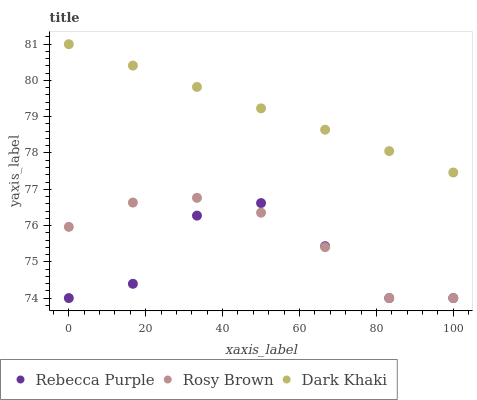
| xaxis_label | Rebecca Purple | Rosy Brown | Dark Khaki |
 | --- | --- | --- | --- |
 | 0 | 74 | 76 | 81 |
 | 16.7 | 74.4 | 76.6 | 80.4 |
 | 33.3 | 76.3 | 76.8 | 79.8 |
 | 50 | 76.6 | 76.4 | 79.2 |
 | 66.7 | 75.4 | 75.4 | 78.6 |
 | 83.3 | 74 | 74 | 78.1 |
 | 100 | 74 | 74 | 77.5 |